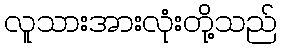
လူသားအားလုံးတို့သည်